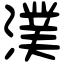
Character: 𣾴